Annual report of the Camel Specialist
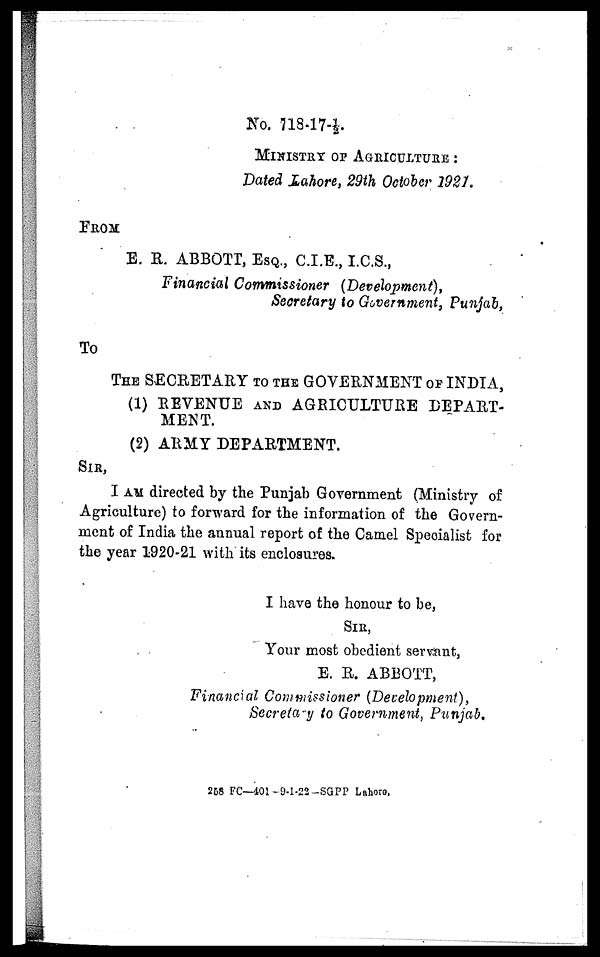
No. 718-17-½.
MINISTRY OF AGRICULTURE :
Dated Lahore, 29th October 1921.
FROM
E. R. ABBOTT, ESQ., C.I.E., I.C.S.,
Financial Commissioner (Development),
Secretary to Government, Punjab,
To
THE SECRETARY TO THE GOVERNMENT OF INDIA,
(1) REVENUE AND AGRICULTURE DEPART-
MENT.
(2) ARMY DEPARTMENT.
SIR,
I AM directed by the Punjab Government (Ministry of
Agriculture) to forward for the information of the Govern-
ment of India the annual report of the Camel Specialist for
the year 1920-21 with its enclosures.
I have the honour to be,
SIR,
Your most obedient servant,
E. R. ABBOTT,
Financial Commissioner (Development),
Secretary to Government, Punjab.
258 FC—401-9-1-22-SGPP Lahore.